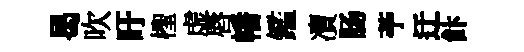
曷吹旴檉虚唇幡鑑凟肠苧迂飰